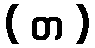
( တ )